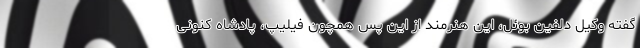
گفته وکیل دلفین بوئل، این هنرمند از این پس همچون فیلیپ، پادشاه کنونی